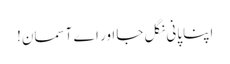
اپنا پانی نگل جا اور اے آسمان!